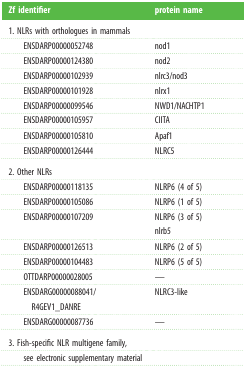
<table><thead><tr><td><b>Zf identifier</b></td><td><b>protein name</b></td></tr></thead><tbody><tr><td colspan="2">1. NLRs with orthologues in mammals</td></tr><tr><td>ENSDARP00000052748</td><td>nod1</td></tr><tr><td>ENSDARP00000124380</td><td>nod2</td></tr><tr><td>ENSDARP00000102939</td><td>nlrc3/nod3</td></tr><tr><td>ENSDARP00000101928</td><td>nlrx1</td></tr><tr><td>ENSDARP00000099546</td><td>NWD1/NACHTP1</td></tr><tr><td>ENSDARP00000105957</td><td>CIITA</td></tr><tr><td>ENSDARP00000105810</td><td>Apaf1</td></tr><tr><td>ENSDARP00000126444</td><td>NLRC5</td></tr><tr><td colspan="2">2. Other NLRs</td></tr><tr><td>ENSDARP00000118135</td><td>NLRP6 (4 of 5)</td></tr><tr><td>ENSDARP00000105086</td><td>NLRP6 (1 of 5)</td></tr><tr><td>ENSDARP00000107209</td><td>NLRP6 (3 of 5)nlrb5</td></tr><tr><td>ENSDARP00000126513</td><td>NLRP6 (2 of 5)</td></tr><tr><td>ENSDARP00000104483</td><td>NLRP6 (5 of 5)</td></tr><tr><td>OTTDARP00000028005</td><td>—</td></tr><tr><td>ENSDARG00000088041/R4GEV1_DANRE</td><td>NLRC3-like</td></tr><tr><td>ENSDARG00000087736</td><td>—</td></tr><tr><td colspan="2">3. Fish-specific NLR multigene family,</td></tr><tr><td>see electronic supplementary material</td><td></td></tr></tbody></table>